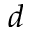
d